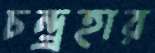
চন্দ্র্রহার